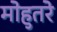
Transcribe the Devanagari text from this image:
मोहुतरे